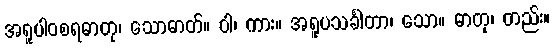
အရူပါဝစရဓာတု၊ သောဓာတ်။ ဝါ၊ ကား။ အရူပသင်္ခါတာ၊ သော။ ဓာတု၊ တည်း။